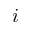
i